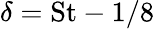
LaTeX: \delta=\mathrm{St}-1/8